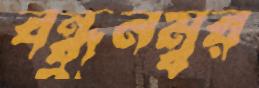
বন্ধুনম্বর